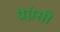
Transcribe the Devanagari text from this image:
प्रेग्नंसी